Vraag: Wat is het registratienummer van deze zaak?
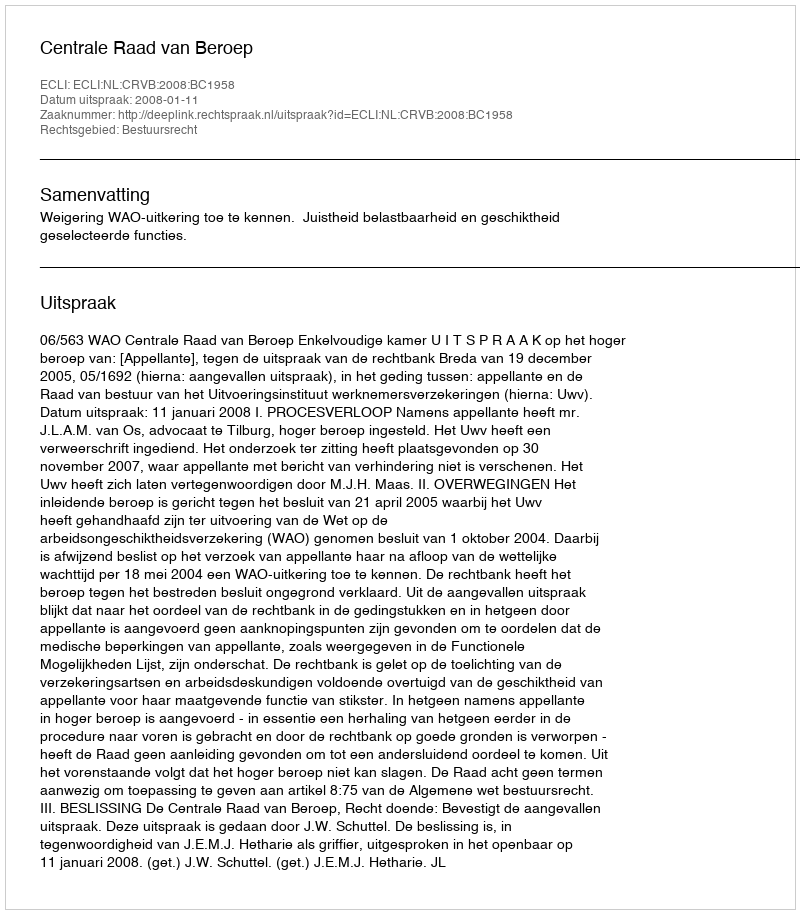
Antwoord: http://deeplink.rechtspraak.nl/uitspraak?id=ECLI:NL:CRVB:2008:BC1958